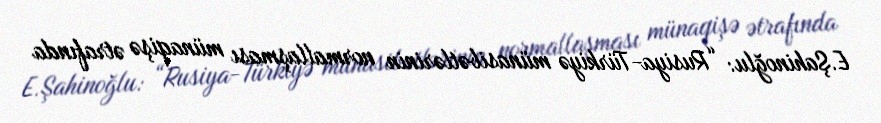
E.Şahinoğlu: “Rusiya-Türkiyə münasibətlərinin normallaşması münaqişə ətrafında